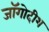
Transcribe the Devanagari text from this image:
जॉगोदीश